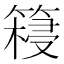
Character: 𮅺